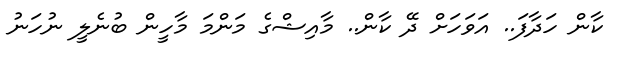
ކާން ހަދާފަ.. އަވަހަށް ދޭ ކާން.. މާއިޝްގެ މަންމަ މާހީން ބުނެލީ ނުހަނު